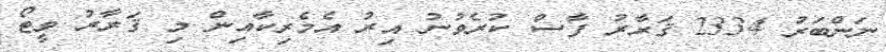
ނަންބަރު 2334 ޤަރާރު ފާސް ކުރެވުނު އިރު އެމެރިކާއިން މި ޤަރާރު ވީޓޯ